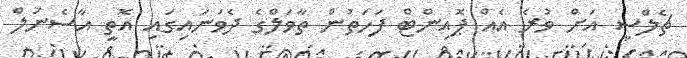
ޗެލްސީ އަށް ވުރެ އެއް ޕޮއިންޓް ފަހަތުން ތާވަލްގެ ދެވަނައިގައި އޮތީ އާސެނަލް